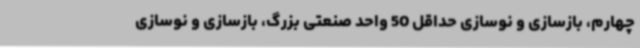
چهارم، بازسازی و نوسازی حداقل 50 واحد صنعتی بزرگ، بازسازی و نوسازی